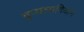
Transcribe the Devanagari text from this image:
वुप्पलादियाम